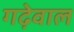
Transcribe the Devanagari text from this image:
गढ़ेवाल